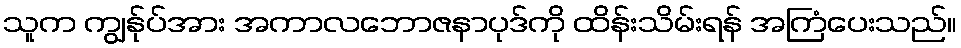
သူက ကျွန်ုပ်အား အကာလဘောဇနာပုဒ်ကို ထိန်းသိမ်းရန် အကြံပေးသည်။